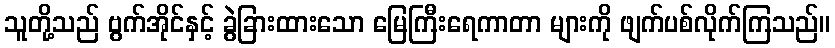
သူတို့သည် ဗွက်အိုင်နှင့် ခွဲခြားထားသော မြေကြီးရေကာတာ များကို ဖျက်ပစ်လိုက်ကြသည်။